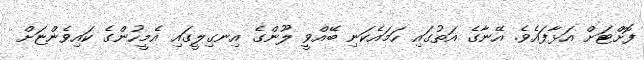
ފޮށްޓަށް އަޅާފައެވެ. އޭނާގެ އަތުގައި ހަމައެކަނި ބޭއްވީ ލޫންގެ އިނގިލީގައި އެމީހުންގެ ކައިވެންޏަށް